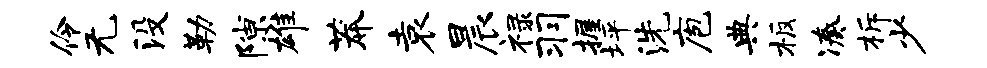
伶无没勒隙雄莽袁晨禄羽握坪洗庖典板凑柝少